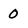
Character: 0